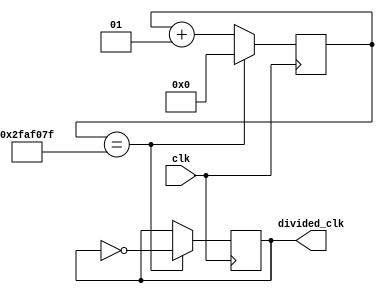
`timescale 1ns / 1ps
//////////////////////////////////////////////////////////////////////////////////
// Company: 
// Engineer: 
// 
// Design Name: 
// Module Name: CLK1HZ
// Project Name: 
// Target Devices: 
// Tool Versions: 
// Description: 
// 
// Dependencies: 
// 
// Revision:
// Revision 0.01 - File Created
// Additional Comments:
// 
//////////////////////////////////////////////////////////////////////////////////


module CLK1HZ#(
    parameter div_value = 49999999) 
    (input wire clk,
    output reg divided_clk = 0);
    
    integer counter_value = 0;
    always@ (posedge clk) begin
        if (counter_value == div_value)
            counter_value <= 0;
        else
            counter_value <= counter_value + 1;
    end
    
    always@ (posedge clk) begin
        if (counter_value == div_value)
            divided_clk <= ~divided_clk;
        else
            divided_clk <= divided_clk;
    end
endmodule